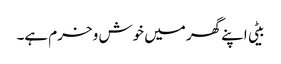
بیٹی اپنے گھر میں خوش و خرم ہے۔